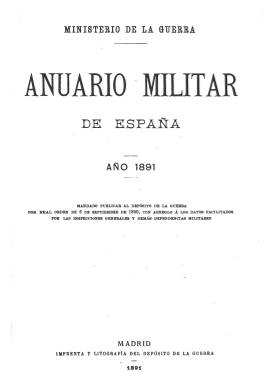
Título: Anuario militar de España
Colección: Fuerzas armadas || Anuarios e informes
Ámbito geográfico: Madrid
Lugar de publicación: Madrid
Fechas: 01/01/1891-31/12/1936

Se considera continuación de Estado militar de España, que había estado publicándose desde 1768 a 1863, con algunas variaciones en el título (entre 1821-1823 y 1840-1860), que también forma parte de la colección de la Biblioteca Nacional de España. Por su parte, este Anuario militar de España estará apareciendo entre 1891 y 1936, y a partir de 1958 comenzará a hacerlo el Anuario estadístico militar. Estas tres publicaciones forman parte de las fuentes de información básicas sobre los efectivos de las fuerzas armadas españolas a lo largo de su historia, considerándose a la Administración Militar como una de las primeras grandes burocracias en desarrollarse y en establecer numerosos sistemas internos de información estadística, según los editores de Estadísticas históricas de España: siglos XIX-XX (2005).

En este caso, el Anuario militar de España empezará a ser editado para el año 1891 por el denominado entonces Depósito de Guerra, en cuya imprenta y litografía se estampará, de acuerdo a una real orden de seis de septiembre de 1890, y con arreglo a los datos facilitados por las Inspecciones generales y demás dependencias militares. Sus entregas anuales formarán tomos entre el medio millar y el millar de páginas, compuestas a una columna, y sin ilustración alguna, aunque en las dos primeras décadas del siglo veinte, serán incluidas sendas láminas con las fotografías de los reyes Alfonso XIII y Victoria Eugenia, de Kaulak, Calvache o Walqem, fotógrafos oficiales de la Casa Real.

Cada tomo cuenta, en sus últimas páginas, con el correspondiente índice general, a través de cual se pueden observar las estructuras básicas del ejército español a lo largo de estos años. Comienza dando cuenta de los integrantes de la Familia Real, para seguir con los de la Administración Central (Ministerio de Guerra); de las Academias, escuelas y colegios militares y su correspondiente instrucción; de la división militar en distritos y provincias (incluidas Ceuta, Cuba, Puerto Rico y Filipinas), con indicación de su personal y tropas; del reclutamiento y movilización de ejército; de los escalafones de los generales, jefes, oficiales y asimilados, clasificados en sus armas y cuerpos; y de los escalafones del personal tanto del ejército activo como de reserva. También incluye un índice onomástico, al final.

Cada año, el Ministerio de la Guerra dictará la correspondiente orden para la publicación del anuario. Y en sus tomos anuales seguirá insertando las nomenclaturas de las estructuras militares españolas, incluyendo las correspondientes tanto al ejército de la península como a las islas adyacentes y posesiones de África, así como de los cuerpos de la Guardia Civil y de Carabineros, o de los miqueletes de Guipúzcoa y Vizcaya o de los somatenes de Cataluña, las escuadras de Barcelona o de los Guardias Alabarderos.

También incluirá la información correspondiente a la industria militar e incorporará a los efectivos aeronáuticos. En sus últimos años, los datos procederán tanto de los publicados por el Diario oficial como por los facilitados por el propio Ministerio de la Guerra y las correspondientes dependencias militares. A partir del anuario de 1932, comenzarán los tomos con los datos del personal del Cuarto Militar del presidente de la República. También dará cuenta de una cronología de los ministros de la Guerra, así como de la reorganización del ejército con arreglo al decreto del 25 de mayo de 1931 o del personal condecorado con grandes cruces, entre otras informaciones.

Durante la República será redactado en su parte orgánica por la Sección de Organización y Movilización del Estado Mayor Central (órgano este encargado de su edición), y por la Sección de Personal del Ministerio de la Guerra.

El ejemplar de 1891 procede de donativo.